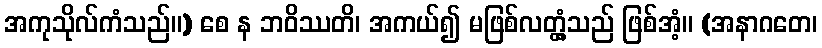
အကုသိုလ်ကံသည်။) စေ န ဘဝိဿတိ၊ အကယ်၍ မဖြစ်လတ္တံ့သည် ဖြစ်အံ့။ (အနာဂတေ၊